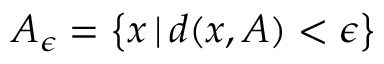
A _ { \epsilon } = \left\{ x \, | \, d ( x , A ) < \epsilon \right\}